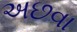
અછવા